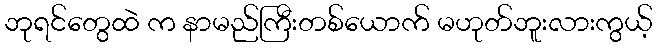
ဘုရင်တွေထဲ က နာမည်ကြီးတစ်ယောက် မဟုတ်ဘူးလားကွယ့်